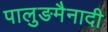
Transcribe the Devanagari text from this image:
पालुङमैनादी